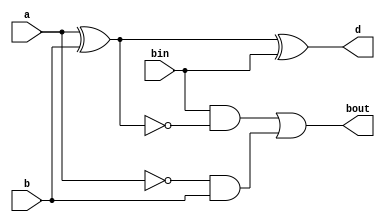
`timescale 1ns / 1ps
//////////////////////////////////////////////////////////////////////////////////
// Company: 
// Engineer: 
// 
// Design Name: 
// Module Name: One_Bit_Subtractor
// Project Name: 
// Target Devices: 
// Tool Versions: 
// Description: 
// 
// Dependencies: 
// 
// Revision:
// Revision 0.01 - File Created
// Additional Comments:
// 
//////////////////////////////////////////////////////////////////////////////////


module One_Bit_Subtractor(
    input a,b,bin,
    output d,bout
    );
    
    assign d = (a ^ b) ^ bin;
    assign bout = bin & ~(a ^ b) | (~a & b);
endmodule